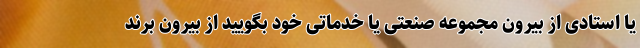
یا استادی از بیرون مجموعه صنعتی یا خدماتی خود بگویید از بیرون برند